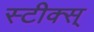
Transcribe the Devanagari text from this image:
स्टीक्स्